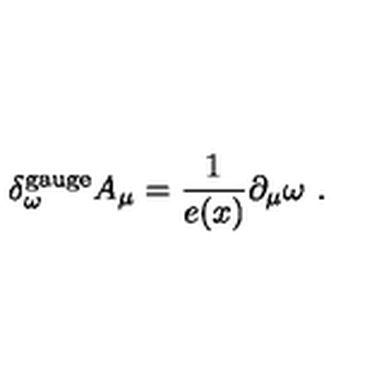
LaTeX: \delta _ { \omega } ^ { \mathrm { g a u g e } } A _ { \mu } = \frac 1 { e ( x ) } \partial _ { \mu } \omega \ .